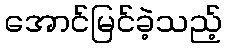
အောင်မြင်ခဲ့သည့်